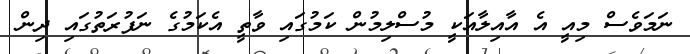
ނަމަވެސް މިއީ އެ އާއިލާއަކީ މުސްލިމުން ކަމުގައި ވާތީ އެކަމުގެ ނަފުރަތުގައި ދިން